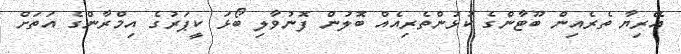
އޭރިޔާ ތެރެއިން ބޫޓާންގެ ކުޅުންތެރިއެއް ބޮލުން ފޮނުވާލި ބޯޅަ ކީޕަރުގެ އިމްރާންގެ އަތަށް